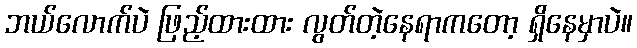
ဘယ်လောက်ပဲ ဖြည့်ထားထား လွတ်တဲ့နေရာကတော့ ရှိနေမှာပဲ။